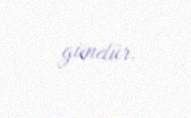
gündür.